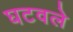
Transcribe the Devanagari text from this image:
घटवले